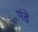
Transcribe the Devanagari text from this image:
पंड़े